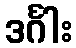
ဒင်္ဂါး